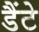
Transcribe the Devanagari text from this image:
डैंटे